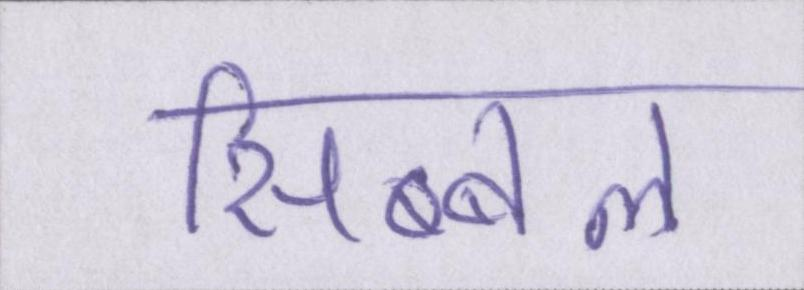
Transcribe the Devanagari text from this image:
सिब्बल